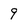
Character: 9